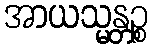
အာယသ္မန္တဉ္စ